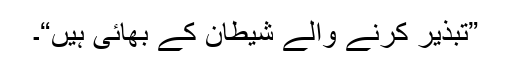
”تبذير کرنے والے شيطان کے بھائى ہيں“۔